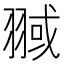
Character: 𦑌